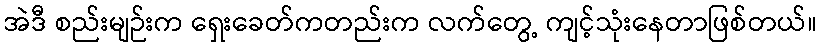
အဲဒီ စည်းမျဉ်းက ရှေးခေတ်ကတည်းက လက်တွေ့ ကျင့်သုံးနေတာဖြစ်တယ်။